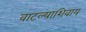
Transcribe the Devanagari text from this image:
वाटल्याशिवाय